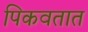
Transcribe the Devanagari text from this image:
पिकवतात